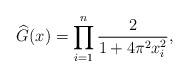
LaTeX: \begin{align*} \widehat{G}(x) = \prod_{i=1}^n \frac{2}{1 + 4\pi^2 x_i^2}, \end{align*}